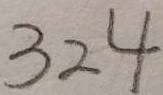
3 2 4